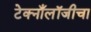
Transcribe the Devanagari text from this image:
टेक्नाँलॉजीचा